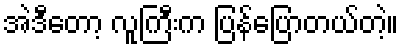
အဲဒီတော့ လူကြီးက ပြန်ပြောတယ်တဲ့။